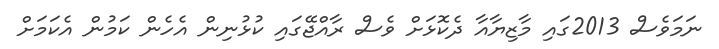
ނަމަވެސް 2013ގައި މާޒިޔާއާ ދެކޮޅަށް ވެސް ރާއްޖޭގައި ކުޅުނިން އެހެން ކަމުން އެކަމަށް